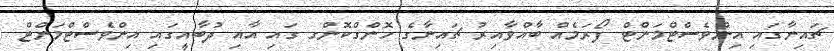
ޗައިނާގައި އިންވެސްޓްމަންޓް ފޯރަމެއް ބާއްވާއިރު ޗައިނާގެ ހޮންގްކޮންގ ގައި އާއި ދުބާއީގައި އިންވެސްޓްމަންޓް